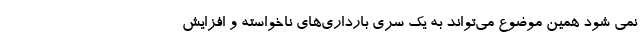
نمی شود همین موضوع می‌تواند به یک سری بارداری‌های ناخواسته و افزایش